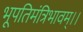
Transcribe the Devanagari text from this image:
भूपतिमंत्रिभावम्।।